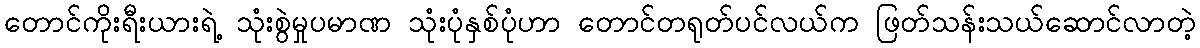
တောင်ကိုးရီးယားရဲ့ သုံးစွဲမှုပမာဏ သုံးပုံနှစ်ပုံဟာ တောင်တရုတ်ပင်လယ်က ဖြတ်သန်းသယ်ဆောင်လာတဲ့